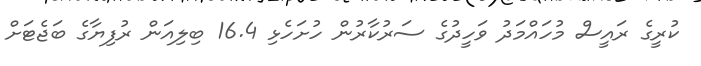
ކުރީގެ ރައީސް މުހައްމަދު ވަހީދުގެ ސަރުކާރުން ހުށަހެޅި 16.4 ބިލިއަން ރުފިޔާގެ ބަޖެޓަށް